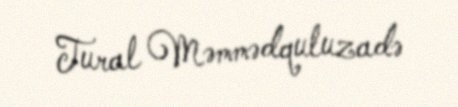
Tural Məmmədquluzadə